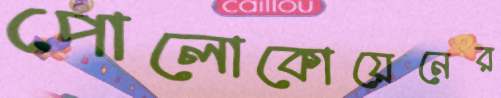
পোলোকোয়েনের